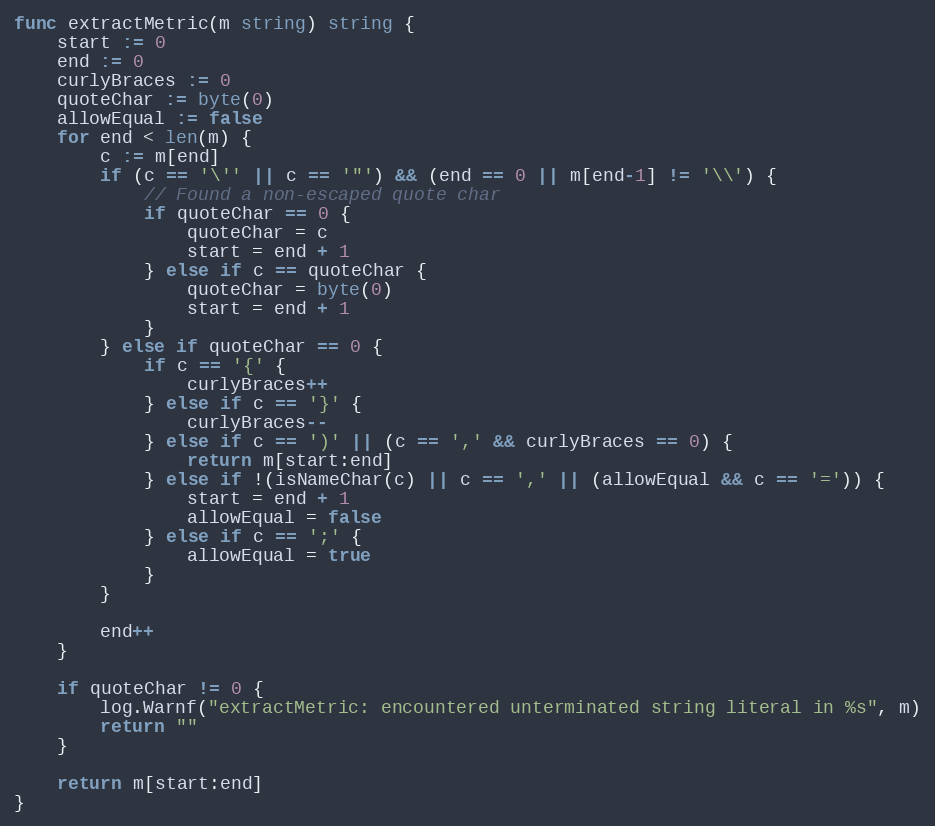
Language: Go
func extractMetric(m string) string {
	start := 0
	end := 0
	curlyBraces := 0
	quoteChar := byte(0)
	allowEqual := false
	for end < len(m) {
		c := m[end]
		if (c == '\'' || c == '"') && (end == 0 || m[end-1] != '\\') {
			// Found a non-escaped quote char
			if quoteChar == 0 {
				quoteChar = c
				start = end + 1
			} else if c == quoteChar {
				quoteChar = byte(0)
				start = end + 1
			}
		} else if quoteChar == 0 {
			if c == '{' {
				curlyBraces++
			} else if c == '}' {
				curlyBraces--
			} else if c == ')' || (c == ',' && curlyBraces == 0) {
				return m[start:end]
			} else if !(isNameChar(c) || c == ',' || (allowEqual && c == '=')) {
				start = end + 1
				allowEqual = false
			} else if c == ';' {
				allowEqual = true
			}
		}

		end++
	}

	if quoteChar != 0 {
		log.Warnf("extractMetric: encountered unterminated string literal in %s", m)
		return ""
	}

	return m[start:end]
}